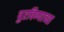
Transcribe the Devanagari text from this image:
पुरविण्याच्या